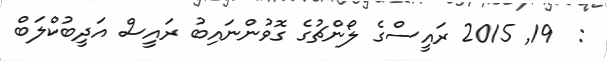
:  19